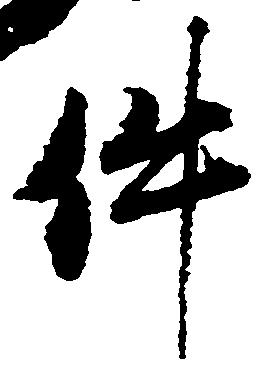
件